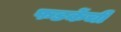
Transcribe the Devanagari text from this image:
फडकेंची